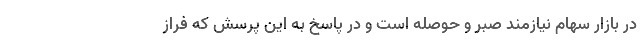
در بازار سهام نیازمند صبر و حوصله است و در پاسخ به این پرسش که فراز